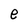
Character: e